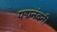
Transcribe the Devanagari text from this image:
पद्मनंदनी